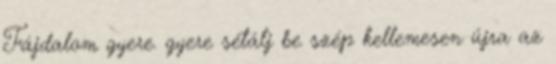
Fájdalom gyere. gyere sétálj be szép kellemesen újra az